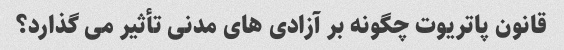
قانون پاتریوت چگونه بر آزادی های مدنی تأثیر می گذارد؟